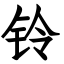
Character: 铃